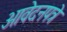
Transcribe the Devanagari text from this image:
आवेदनपत्रे